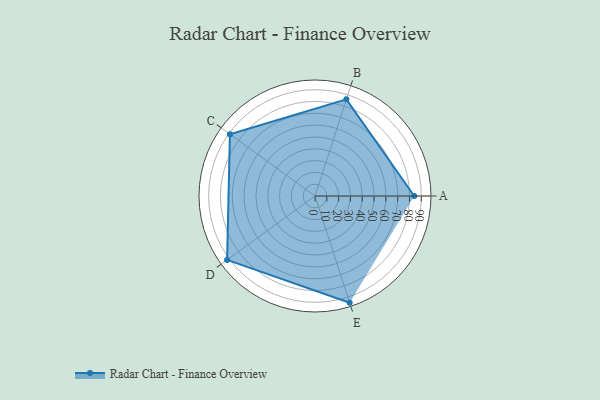
{"axis": {"x": "Skill", "y": "Score"}, "legend": ["Profile"], "data": [{"x": "A", "y": 84.0, "type": "Profile"}, {"x": "B", "y": 86.0, "type": "Profile"}, {"x": "C", "y": 89.0, "type": "Profile"}, {"x": "D", "y": 92.0, "type": "Profile"}, {"x": "E", "y": 95.0, "type": "Profile"}]}